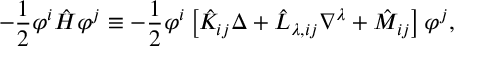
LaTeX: - \frac { 1 } { 2 } \varphi ^ { i } \hat { H } \varphi ^ { j } \equiv - \frac { 1 } { 2 } \varphi ^ { i } \left[ \hat { K } _ { i j } \Delta + \hat { L } _ { \lambda , i j } \nabla ^ { \lambda } + \hat { M } _ { i j } \right] \varphi ^ { j } ,